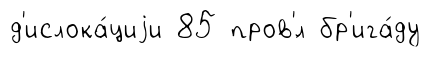
д'ислока́циjи 85 пров'́л бр'ига́ду